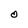
Character: O